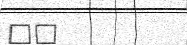
٣٣